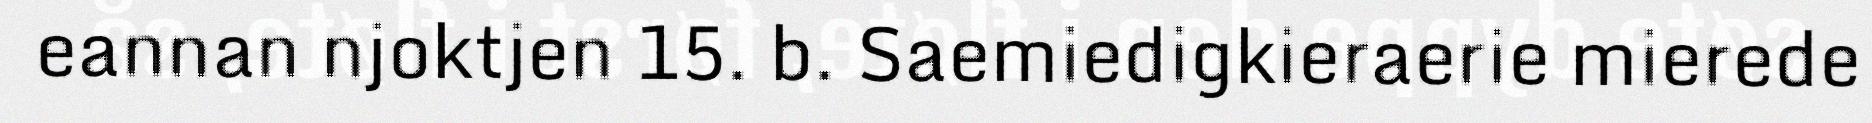
eannan njoktjen 15. b. Saemiedigkieraerie mierede